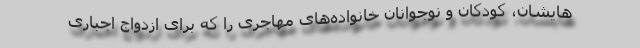
‌هایشان، کودکان و نوجوانان خانواده‌های مهاجری را که برای ازدواج اجباری